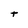
Character: t